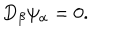
D _ { \beta } \psi _ { \alpha } = 0 .